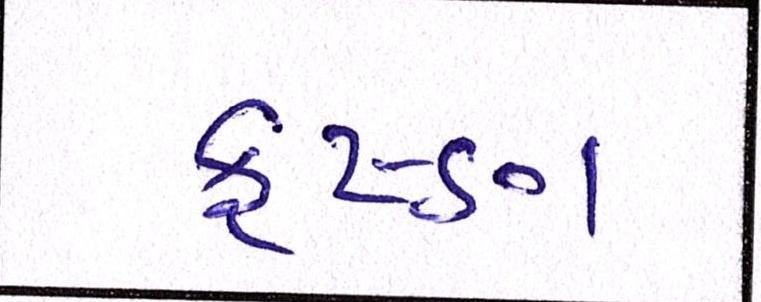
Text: કૃષ્ણ